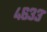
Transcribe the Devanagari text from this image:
४६३३